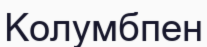
Колумбпен